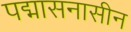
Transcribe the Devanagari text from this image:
पद्मासनासीन